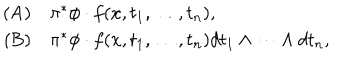
LaTeX: \begin{array} { r l } { { \mathrm { ( A ) } } } & { { \pi ^ { * } \phi \cdot f ( x , t _ { 1 } , \dots , t _ { n } ) , } } \\ { { \mathrm { ~ ( B ) } } } & { { \pi ^ { * } \phi \cdot f ( x , t _ { 1 } , \dots , t _ { n } ) d t _ { 1 } \wedge \dots \wedge d t _ { n } , } } \\ \end{array}